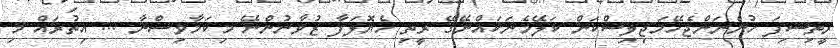
ރީތިސިފަ ހުންނަންޖެހޭމަޖިލިސްކަން ކަލޭމެނަކައްނޭގޭ ރީތި ހެޔޮލަފާ ޒުވާނުންނޭ މިކަމާވިސްނާ ... އިތުރައް މި